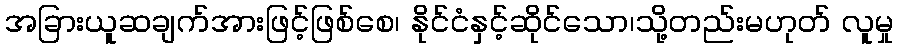
အခြားယူဆချက်အားဖြင့်ဖြစ်စေ၊ နိုင်ငံနှင့်ဆိုင်သော၊သို့တည်းမဟုတ် လူမှု